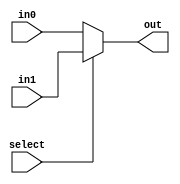
module mux_2(out, select, in0, in1);
	input select;
	input [31:0] in0, in1;
	output [31:0] out;
	assign out = select ? in1 : in0;
endmodule